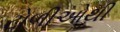
ટોળીઓથી